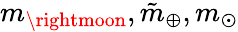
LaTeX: m_{\rightmoon},\tilde{m}_{\oplus},m_{\odot}